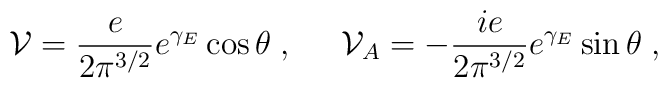
{\cal V}=\frac{e}{2\pi^{3/2}}e^{\gamma_E}\cos\theta\; ,\;\;\;\;\; {\cal V}_A=-\frac{ie}{2\pi^{3/2}}e^{\gamma_E}\sin\theta \; ,